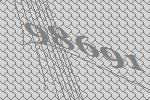
98691